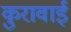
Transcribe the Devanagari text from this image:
कुरावाई